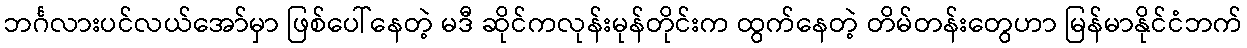
ဘင်္ဂလားပင်လယ်အော်မှာ ဖြစ်ပေါ်နေတဲ့ မဒီ ဆိုင်ကလုန်းမုန်တိုင်းက ထွက်နေတဲ့ တိမ်တန်းတွေဟာ မြန်မာနိုင်ငံဘက်